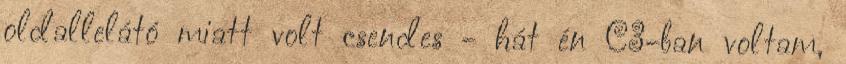
oldallelátó miatt volt csendes - hát én C3-ban voltam,